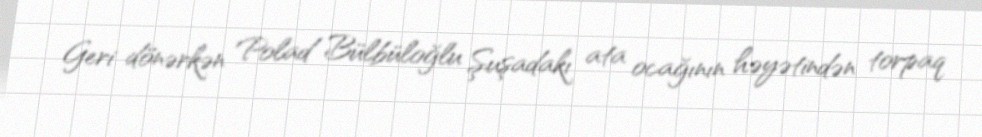
Geri dönərkən Polad Bülbüloğlu Şuşadakı ata ocağının həyətindən torpaq